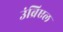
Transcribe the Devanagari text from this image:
उंब्रिएल